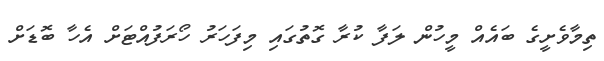
ތިމާވެށީގެ ބައެއް މީހުން ލަފާ ކުރާ ގޮތުގައި މިފަހަރު ހޯރަފުއްޓަށް އެހާ ބޮޑަށް